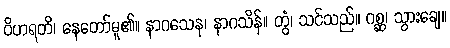
ဝိဟရတိ၊ နေတော်မူ၏။ နာဂသေန၊ နာဂသိန်။ တွံ၊ သင်သည်။ ဂစ္ဆ၊ သွားချေ။